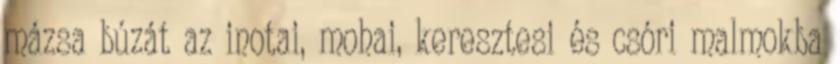
mázsa búzát az inotai, mohai, keresztesi és csóri malmokba